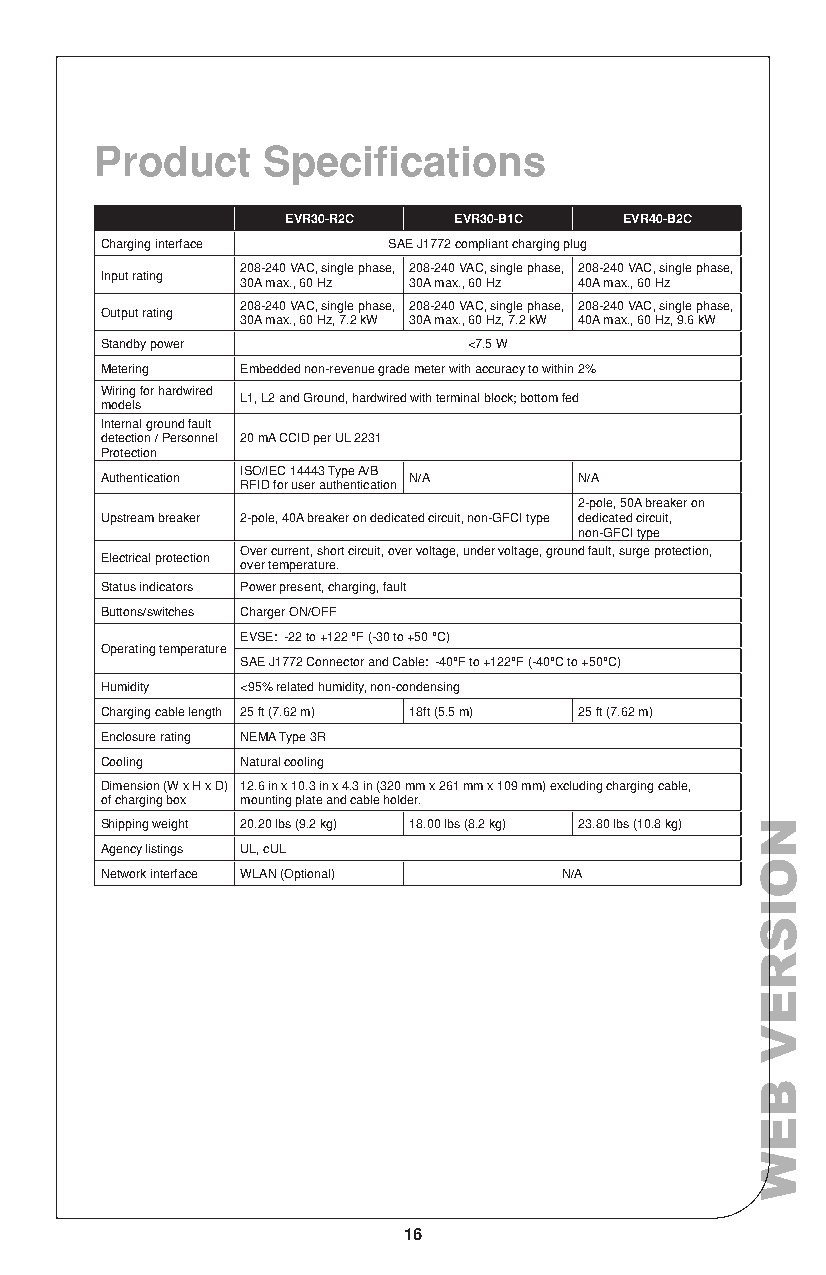
Product    Specifications
 EVR30-R2C  EVR30-B1C  EVR40-B2C
 Charging interface SAE J1772 compliant charging plug
 208-240 VAC, single phase, 208-240 VAC, single phase, 208-240 VAC, single phase,
 Input rating
 30A max., 60 Hz 30A max., 60 Hz 40A max., 60 Hz
 208-240 VAC, single phase, 208-240 VAC, single phase, 208-240 VAC, single phase,
 Output rating
 30A max., 60 Hz, 7.2 kW 30A max., 60 Hz, 7.2 kW 40A max., 60 Hz, 9.6 kW
 Standby power           <7.5 W
 Metering Embedded non-revenue grade meter with accuracy to within 2%
 Wiring for hardwired
 L1, L2 and Ground, hardwired with terminal block; bottom fed
 models
 Internal ground fault
 detection / Personnel 20 mA CCID per UL 2231
 Protection
 ISO/IEC 14443 Type A/B
 Authentication      N/A        N/A
 RFID for user authentication
 2-pole, 50A breaker on
 Upstream breaker 2-pole, 40A breaker on dedicated circuit, non-GFCI type dedicated circuit,
 non-GFCI type
 Over current, short circuit, over voltage, under voltage, ground fault, surge protection,
 Electrical protection
 over temperature.
 Status indicators Power present, charging, fault
 Buttons/switches Charger ON/OFF
 EVSE: -22 to +122 °F (-30 to +50 °C)
 Operating temperature
 SAE J1772 Connector and Cable: -40°F to +122°F (-40°C to +50°C)
 Humidity <95% related humidity, non-condensing
 Charging cable length 25 ft (7.62 m) 18ft (5.5 m) 25 ft (7.62 m)
 Enclosure rating NEMA Type 3R
 Cooling  Natural cooling
 Dimension (W x H x D) 12.6 in x 10.3 in x 4.3 in (320 mm x 261 mm x 109 mm) excluding charging cable,
 of charging box mounting plate and cable holder.
 Shipping weight 20.20 lbs (9.2 kg) 18.00 lbs (8.2 kg) 23.80 lbs (10.8 kg)
 Agency listings UL, cUL
 Network interface WLAN (Optional) N/A
 16
 NOISREV
 BEW